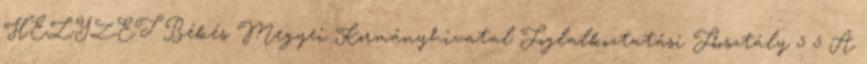
HELYZET Békés Megyei Kormányhivatal Foglalkoztatási Főosztály 5 5 A